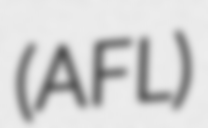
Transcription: (AFL)